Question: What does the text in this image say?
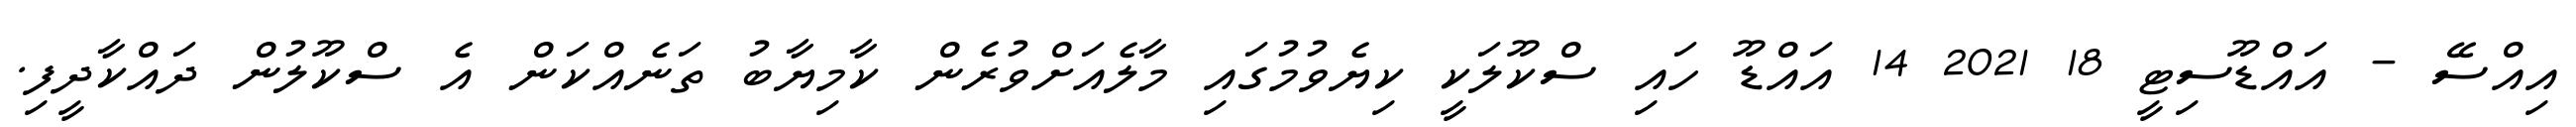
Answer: އިއްސޭ - އައްޑޫސިޓީ 18 2021 14 އައްޑޫ ހައި ސްކޫލަކީ ކިޔެވުމުގައި މާލެއަށްވުރެން ކާމިޔާބު ތަނެއްކަން އެ ސްކޫލުން ދައްކާދީފި.